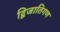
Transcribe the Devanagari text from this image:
द्विजातिगण